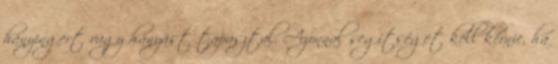
hányingert vagy hányást tapasztal. Azonnal segítséget kell kérnie, ha